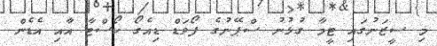
މި ސީޒަނުގައި ޓީމާ ގުޅުނު ސްޕޭނުގެ ފޯވަޑް ޑިއެގޯ ކޯސްޓާ އާއި އެޑެން